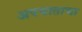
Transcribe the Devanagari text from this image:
अपघाताचा